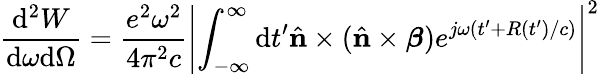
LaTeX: \frac{\mathrm{d}^{2}W}{\mathrm{d}\omega\mathrm{d}\Omega}=\frac{e^{2}\omega^{2}}{4\pi^{2}c}\left\vert\int_{-\infty}^{\infty}\mathrm{d}t^{\prime}{\hat{\mathbf{n}}\times(\hat{\mathbf{n}}\times\boldsymbol{\beta})}e^{j\omega(t^{\prime}+R(t^{\prime})/c)}\right\vert^{2}